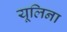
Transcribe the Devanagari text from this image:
यूलिना